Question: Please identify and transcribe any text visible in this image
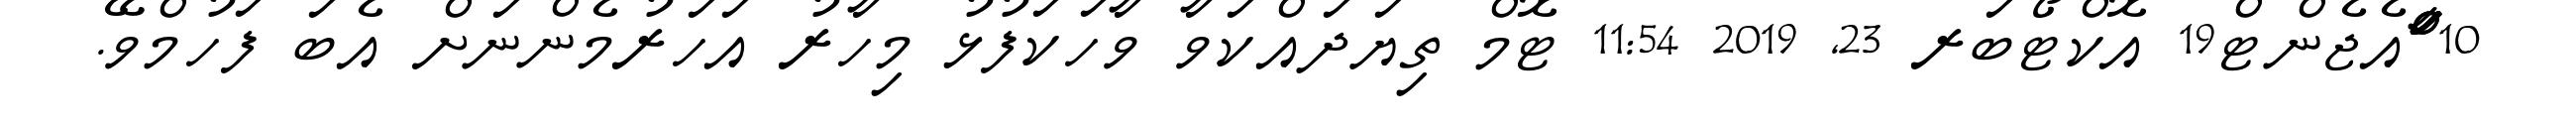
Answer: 10 ާަަަްްައެޖެންޓް19 އޮކްޓޯބަރ 23, 2019 11:54 ޓޮމް ތިޔަދައްކަވާ ވާހަކަފުޅު މިހާރު އަހަރުމެންނަށް އެބަ ފަހުމްވޭ.